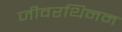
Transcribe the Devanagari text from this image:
जीवरथिनम